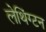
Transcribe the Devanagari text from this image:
लेथिंग्टन